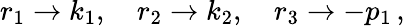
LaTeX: r_{1}\to k_{1},~~~~r_{2}\to k_{2},~~~~r_{3}\to-p_{1}\, ,